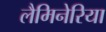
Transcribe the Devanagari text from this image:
लैमिनेरिया